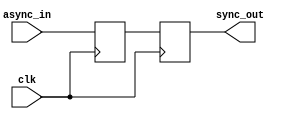
module ms_ff_synchronizer (
    input wire clk,          // Clock signal
    input wire async_in,     // Asynchronous input signal
    output reg sync_out      // Synchronized output signal
);

    // Internal registers for master and slave flip-flops
    reg master_ff;          // Master flip-flop output

    // Master Flip-Flop: sample 'async_in' on the rising edge of 'clk'
    always @(posedge clk) begin
        master_ff <= async_in; // Capture input on rising edge
    end

    // Slave Flip-Flop: sample 'master_ff' on the falling edge of 'clk'
    always @(negedge clk) begin
        sync_out <= master_ff;  // Capture master output on falling edge
    end

endmodule